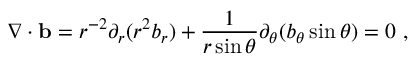
\nabla \cdot { \mathbf { b } } = r ^ { - 2 } \partial _ { r } ( r ^ { 2 } b _ { r } ) + \frac { 1 } { r \sin \theta } \partial _ { \theta } ( b _ { \theta } \sin \theta ) = 0 \ ,